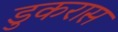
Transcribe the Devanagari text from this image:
डुकरास